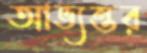
আভ্যন্তর